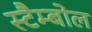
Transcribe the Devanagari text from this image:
स्टैम्बोल